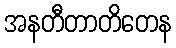
အနတီတာတိတေန